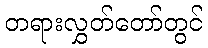
တရားလွှတ်တော်တွင်